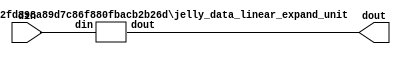
// This program was cloned from: https://github.com/ryuz/jelly
// License: MIT License

// ---------------------------------------------------------------------------
//  Jelly  -- The platform for real-time computing
//
//                                 Copyright (C) 2008-2020 by Ryuz
//                                 https://github.com/ryuz/jelly.git
// ---------------------------------------------------------------------------



`timescale 1ns / 1ps
`default_nettype none


// (bit)
module jelly_data_linear_expand
        #(
            parameter   NUM            = 1,
            parameter   IN_DATA_WIDTH  = 8,
            parameter   OUT_DATA_WIDTH = 12
        )
        (
            input   wire    [NUM*IN_DATA_WIDTH-1:0]     din,
            output  wire    [NUM*OUT_DATA_WIDTH-1:0]    dout
        );
    
    genvar      i;
    
    generate
    for ( i = 0; i < NUM; i = i+1 ) begin : loop_unit
        jelly_data_linear_expand_unit
                #(
                    .IN_DATA_WIDTH      (IN_DATA_WIDTH),
                    .OUT_DATA_WIDTH     (OUT_DATA_WIDTH)
                )
            i_data_linear_expand_unit
                (
                    .din                (din [i*IN_DATA_WIDTH  +: IN_DATA_WIDTH]),
                    .dout               (dout[i*OUT_DATA_WIDTH +: OUT_DATA_WIDTH])
                );
    end
    endgenerate
    
endmodule


module jelly_data_linear_expand_unit
        #(
            parameter   IN_DATA_WIDTH  = 8,
            parameter   OUT_DATA_WIDTH = 12
        )
        (
            input   wire    [IN_DATA_WIDTH-1:0]     din,
            output  wire    [OUT_DATA_WIDTH-1:0]    dout
        );

    genvar      i;
    generate
    for ( i = 0; i < OUT_DATA_WIDTH; i = i+1 ) begin : loop_bit
        assign dout[OUT_DATA_WIDTH-1 - i] = din[IN_DATA_WIDTH-1 - (i % IN_DATA_WIDTH)];
    end
    endgenerate
    
endmodule


`default_nettype wire


// end of file